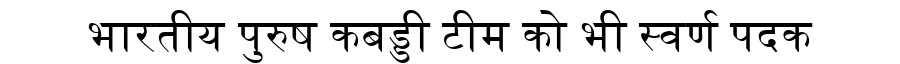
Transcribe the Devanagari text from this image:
भारतीय पुरुष कबड्डी टीम को भी स्वर्ण पदक